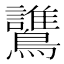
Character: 𪇻